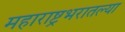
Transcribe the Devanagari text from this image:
महाराष्ट्रभरातल्या